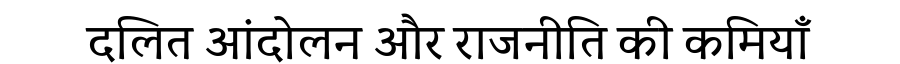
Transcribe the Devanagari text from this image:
दलित आंदोलन और राजनीति की कमियाँ